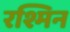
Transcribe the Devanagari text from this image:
रश्मिन